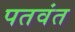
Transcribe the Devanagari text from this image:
पतवंत